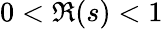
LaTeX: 0<\Re(s)<1